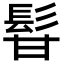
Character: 𩬚